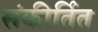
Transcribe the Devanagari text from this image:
संकीर्तित